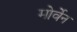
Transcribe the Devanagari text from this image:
मोर्वेन